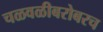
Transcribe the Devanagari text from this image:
चळवळीबरोबरच